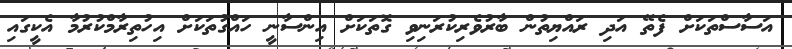
އަސާސްތަކަށް ފެތޭ އަދި ރައްޔިތުން ބާރުވެރިކުރަނިވި ގޮތަކަށް އިންސާނީ ހައްގުތަކަށް އިހުތިރާމްކުރުމާ އެކީގައި